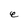
Character: e